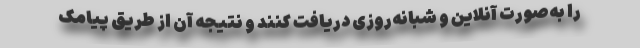
را به‌صورت آنلاین و شبانه‌روزی دریافت کنند و نتیجه آن از طریق پیامک